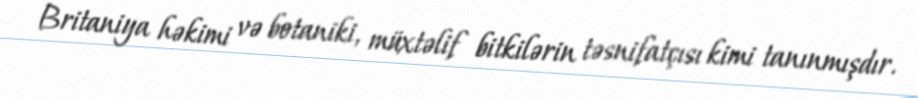
Britaniya həkimi və botaniki, müxtəlif bitkilərin təsnifatçısı kimi tanınmışdır.